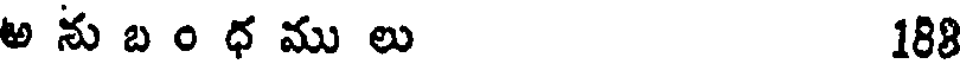
అ ను బ ం ధ ము లు 188